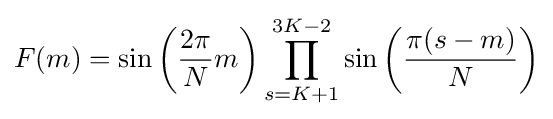
F(m)=\sin \left({\frac {2\pi }{N}}m\right)\prod _{s=K+1}^{3K-2}\sin \left({\frac {\pi (s-m)}{N}}\right)